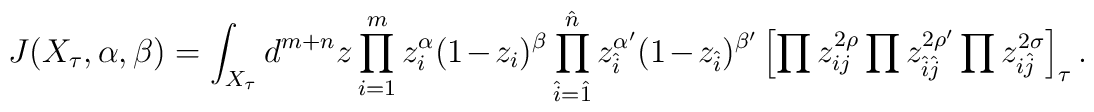
J(X_\tau,\alpha,\beta)=\int_{X_\tau}d^{m+n}z  \prod_{i=1}^{m} z_i^\alpha(1-z_i)^\beta  \prod_{\hat{i}=\hat{1}}^{\hat{n}}    z_{\hat{i}}^{\alpha'}(1-z_{\hat{i}})^{\beta'}  \left[\prod z_{ij}^{2\rho}        \prod z_{\hat{i}\hat{j}}^{2\rho'}        \prod z_{i\hat{j}}^{2\sigma}  \right]_\tau.